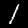
Digit: 1